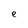
Character: e